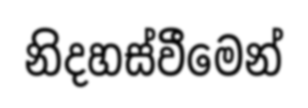
නිදහස්වීමෙන්